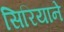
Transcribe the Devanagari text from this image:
सिरियाने